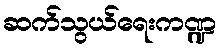
ဆက်သွယ်ရေးကဏ္ဍ